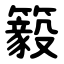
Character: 䉨